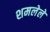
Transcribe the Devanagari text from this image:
शमलेले